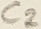
Text: C2